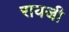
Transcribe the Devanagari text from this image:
रायजी